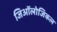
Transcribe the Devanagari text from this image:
जिऑलोजिकल